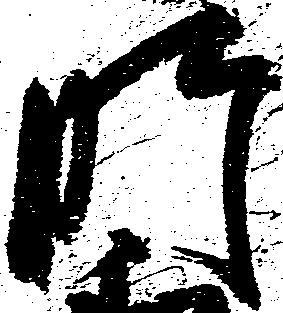
肝